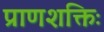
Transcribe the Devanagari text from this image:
प्राणशक्तिः